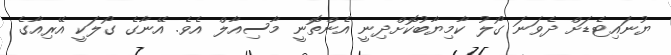
ޔުނައިޓެޑަށް ދެވަނަ ގޯލު ކާމިޔާބުކޮށްދިނީ އެންތޮނީ މާސިއާލް އެވެ. އޭނާގެ ގޯލަކީ އޭރިއާގެ